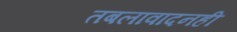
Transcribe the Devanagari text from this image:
तबलावादनही